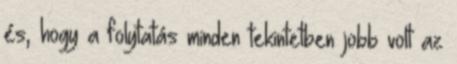
és, hogy a folytatás minden tekintetben jobb volt az